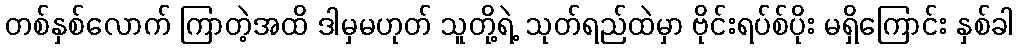
တစ်နှစ်လောက် ကြာတဲ့အထိ ဒါမှမဟုတ် သူတို့ရဲ့ သုတ်ရည်ထဲမှာ ဗိုင်းရပ်စ်ပိုး မရှိကြောင်း နှစ်ခါ